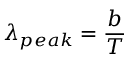
\lambda _ { p e a k } = \frac { b } { T }